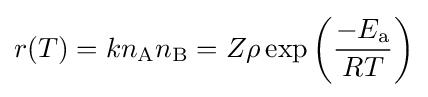
r(T)=kn_{\text{A}}n_{\text{B}}=Z\rho \exp \left({\frac {-E_{\text{a}}}{RT}}\right)